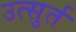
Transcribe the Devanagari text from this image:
उत्सुर्त